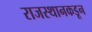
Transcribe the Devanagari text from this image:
राजस्थानकडून